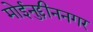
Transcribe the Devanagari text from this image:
मोईनुद्दीननगर